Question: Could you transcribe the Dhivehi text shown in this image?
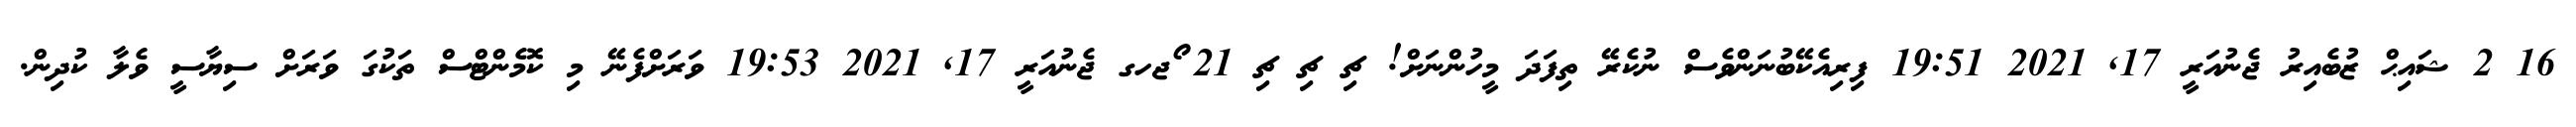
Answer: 16 2 ޝައިޙް ޒުބެއިރު ޖެނުއަރީ 17, 2021 19:51 ފިރިއެކޭބުނަންވެސް ނުކެރޭ ތިފަދަ މީހުންނަށް! ޗި ޗި ޗި 21 ޯޖހގ ޖެނުއަރީ 17, 2021 19:53 ވަރަށްފެނޭ މި ކޮމެންޓްސް ތަކުގަ ވަރަށް ސިޔާސީ ވެލާ ކުދިން.